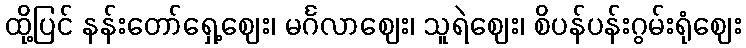
ထို့ပြင် နန်းတော်ရှေ့ဈေး၊ မင်္ဂလာဈေး၊ သူရဲဈေး၊ စိပန်ပန်းဂွမ်းရုံဈေး